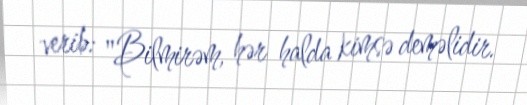
verib: "Bilmirəm, hər halda kimsə deməlidir.